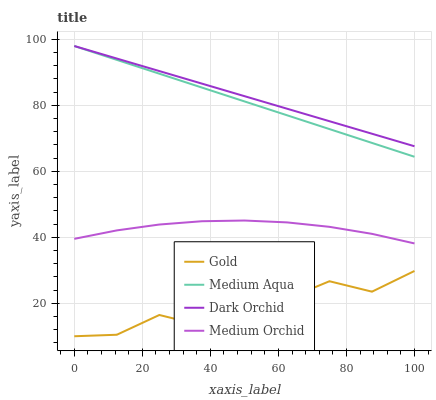
| xaxis_label | Gold | Medium Aqua | Dark Orchid | Medium Orchid |
 | --- | --- | --- | --- | --- |
 | 0 | 10 | 98 | 98 | 39.5 |
 | 12.5 | 10.5 | 93.8 | 94.2 | 42.1 |
 | 25 | 16.4 | 89.6 | 90.4 | 43.9 |
 | 37.5 | 13.3 | 85.4 | 86.6 | 44.9 |
 | 50 | 17 | 81.2 | 82.8 | 45.1 |
 | 62.5 | 21.3 | 77 | 79 | 44.5 |
 | 75 | 26.7 | 72.8 | 75.2 | 43.2 |
 | 87.5 | 23.5 | 68.6 | 71.4 | 41 |
 | 100 | 29.8 | 64.4 | 67.6 | 38.1 |